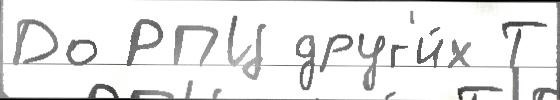
До РПЦ друг'и́х Т